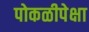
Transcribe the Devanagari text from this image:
पोकळीपेक्षा